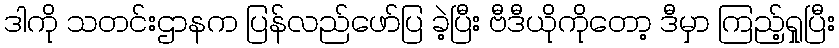
ဒါကို သတင်းဌာနက ပြန်လည်ဖော်ပြ ခဲ့ပြီး ဗီဒီယိုကိုတော့ ဒီမှာ ကြည့်ရှုပြီး